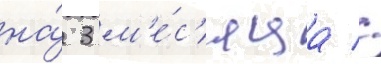
на́ 3 м'е́с'яца //